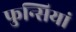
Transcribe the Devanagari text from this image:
फुन्सियां